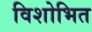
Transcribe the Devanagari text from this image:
विशोभित